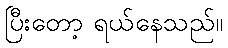
ပြီးတော့ ရယ်နေသည်။